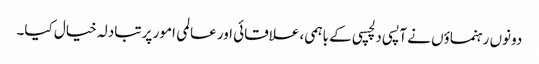
دونوں رہنماؤں نے آپسی دلچسپی کے باہمی، علاقائی اور عالمی امور پر تبادلہ خیال کیا۔